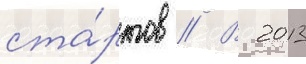
ста́ртов // В 2013